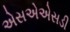
એસએએસડી